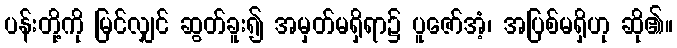
ပန်းတို့ကို မြင်လျှင် ဆွတ်ခူး၍ အမှတ်မရှိရာ၌ ပူဇော်အံ့၊ အပြစ်မရှိဟု ဆို၏။